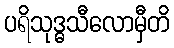
ပရိသုဒ္ဓသီလောမှီတိ